Tezpur Lunatic Asylum reports 1877-1894 - 1877-1894
Year: 1877
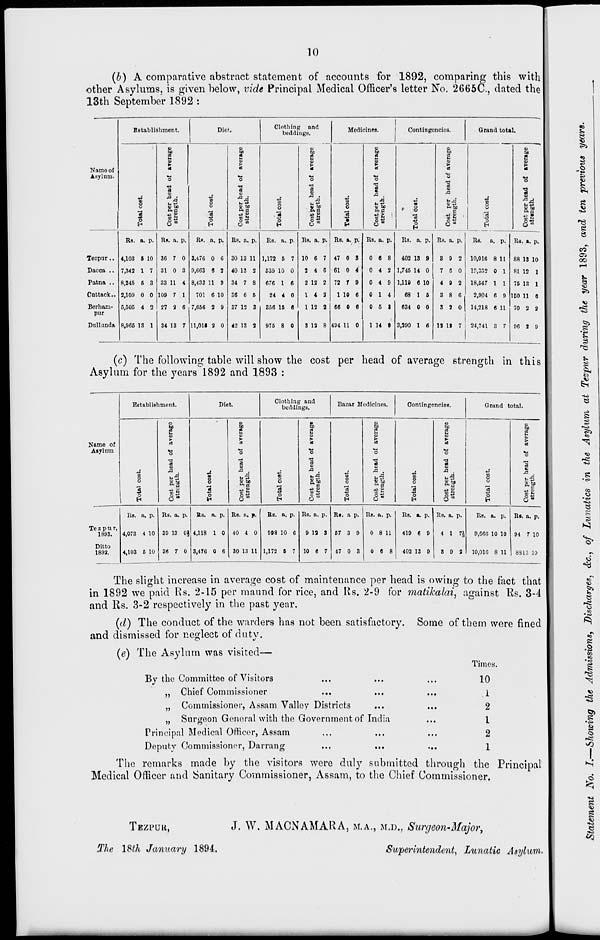
•
10
(b) A comparative abstract statement of accounts for 1892, comparing this with
other Asylums, is given below, vide Principal Medical Officer's letter No. 2665C, dated the
13th September 1892:
Namo of
Agylnm.
Establishment.
Dief.
Clothing and
beddings.
bo
a
►
•a
09
Hf
5 ■
o
H
Tezpnr..
Dacca ..
Patna ..
Cnttack..
Bcrham-
pnr
Dnllanda
Rs. a. P-
4,103 5 10
7,342 1 7
8,345 6 3
2,10!) 0 0
5,505 4 2
8,965 13 1
Rs. a. p.
30 7 0
31 0 3
33 11 4
109 7 1
27 2 6
34 13 7
Rs. a. p.
3,476 0 G
9,663 B 2
8,433 11 9
701 6 10
7,666 2 9
11,011 2 0
bo
«
O)
>
a
ai bo
p. c
o
H
o>
to
oJ
Si
■a
a
bo
.a
Medicines.
Contingencies.
Grand total.
c3
bo
09
I
at
■a
•3
.0 .
»" f
o bo
ft a
o •
o
o
to
at
ft to
c
£
OJ
to
>
■a
fti
■B S
o ■«»
5 ■
Rs, a. p.
30 13 11
40 13 2
34 7 8
36 6 5
37 12 3
42 13 2
Rs. a. P- Rs. a. p. RB. a. p.
1,172 5 7 10 6 7 47 0 3
539 10 0
2 4 6 61 0 4
676 1 6
2 12 2 72 7 9
24 4 0
14 2
1 10 6
866 15 6
1 12 2 68 0 6
975 8 0
8 12 8 494 11 0
Rs. a. P-
0 6 8
0 4 2
0 4 9
0 1 4
0 5 t
1 14 t
Rs. a. p. Rs. a. P.
402 13 9
8 9 2
1,745 14 0
7 6 0
1,119 6 10
4 9 2
68 1 5
3 8 6
634 0 0
3 2 0
3,390 1 6 13 IS 7
Rs.
a. P-
10,016 8 11
1P.332 0 1
18,547 1 1
2,904 6 9
14,218 6 11
24,741 8 7
Rs. a. p.
88 13 10
81 12 1
75 13 1
150 11 6
70 2 2
96 J 9
(c) The following table will show the cost per head of average strength in this
Asylum for the years 1892 and 1893 :
Establishment.
Diet.
Clothing and
beddings.
Bazar Medicines.
Contingencies.
0
o>
0)
01
<D
bo
bo
to
to
to
3
a
a
a
E
w
0>
Ol
0>
►
I*
£
►■
Name of
C3
a
OS
cj
09
Aiylnm
o
■a
09
o
a
o
a
0)
O
09
O
3 0)
■4
J3
*i
si .
•g
■a
•a .
*!
jd .
o
ftf
o
6
%t o 0 R| o
rt
o
o
ja 1)
i
■& 8
OJ
43 0)
a
•« s
09
-t> P
m H
B ft
U! £
5 £
tn M
o
o
H
5*
o
O
o
H
o"
|
||
Grand total.
o
H
bo
c9
0>
09
09
O "
Te z p u r,
1893.
Ditto
1892.
Rs. a. p.
4,073 4 10
4,103 6 10
Rs. a. p.
39 13 Oij
36 7 0
Rs. a. p. Rs. a. p.
4,118 1 0
3,476 0 6
40 4 0
30 13 11
Bs. a. p.
998 10 6
1,172 5 7
Rs. a. p.
9 13 3
10 6 7
Ri. a p.
57 3 9
47 0 3
Its. a. p.
Rs. a. p.
0 8 11
419 6 9
0 6 8
402 13 9
Rs. a. p.
4 1 7}f
3 9 2
Rs. a. p.
9,066 10 10
10.01G 8 11
Rt. a.
94 7 10
8813 10
The slight increase in average cost of maintenance per head is owing to the fact that
in 1892 we paid Rs. 2-15 per maund for rice, and Its. 2-9 for matikalai, against Bs. 3-4
and Rs. 3-2 respectively in the past year.
(d) The conduct of the warders has not been satisfactory. Some of them were fined
and dismissed for neglect of duty.
(e) The Asylum was visited—
By tho Committee of Visitors
Chief Commissioner
Commissioner, Assam Valley Districts
Surgeon General with tho Government of India
Principal Medical Officer, Assam
Deputy Commissioner, Darning
The remarks made by the visitors were duly submitted through the Principal
ical Officer and Sanitary Commissioner, Assam, to the Chief Commissioner.
5)
»
Times.
10
.1
2
I
2
1
Med
TEZPUK,
J. W. MACNAMARA, M,A., M.D., Surgeon-Major,
The ISth January 1894.
Superintendent, Lunatic Asylum.
•0
i
l
OS
oo
«?5
1
3
00
s
•<>>
CO
•

*5
•1
"8
to
s
o
•<
I
to
g
g
to